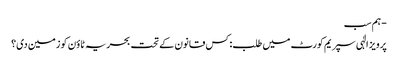
- ہم سب
پرویز الٰہی سپریم کورٹ میں طلب: کس قانون کے تحت بحریہ ٹاؤن کو زمین دی؟